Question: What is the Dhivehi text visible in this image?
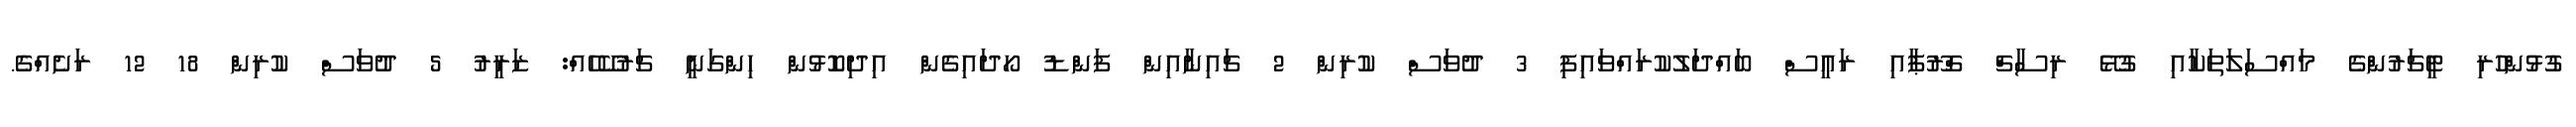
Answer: ގުޅުންހުރި ޓީޗަރުންގެ މައްސަލަތަކާއި ގުޅޭ ރިސާޗް ގްރޫޕާއި ރައީސް ބައްދަލުކުރައްވައިފި 3 ދުވަސް ކުރިން 2 ޗައިނާއިން ފަންޑު ހޯދައިގެން އިދިކޮޅުން ހިންގަނީ ޗަރުކޭހެއް: ޒަރީރު 5 ދުވަސް ކުރިން 18 12 ރަށެއްގެ.